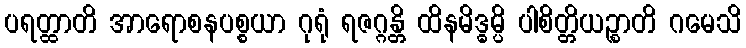
ပရတ္ထာတိ အာရောစနပစ္စယာ ဂုရုံ ရဇဂ္ဂန္တိ ထိနမိဒ္ဓမ္ပိ ပါစိတ္တိယဉ္စာတိ ဂမေသိ